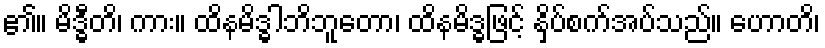
၏။ မိဒ္ဓီတိ၊ ကား။ ထိနမိဒ္ဓါဘိဘူတော၊ ထိနမိဒ္ဓဖြင့် နှိပ်စက်အပ်သည်။ ဟောတိ၊